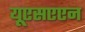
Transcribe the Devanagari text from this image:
यूएसएएन